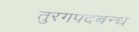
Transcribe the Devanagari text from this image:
तुरगपदबन्ध